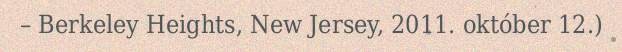
– Berkeley Heights, New Jersey, 2011. október 12.)